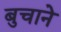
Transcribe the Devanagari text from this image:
बुचाने